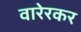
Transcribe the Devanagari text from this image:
वारेरकर